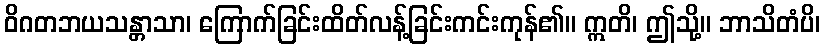
ဝိဂတဘယသန္တာသာ၊ ကြောက်ခြင်းထိတ်လန့်ခြင်းကင်းကုန်၏။ ဣတိ၊ ဤသို့။ ဘာသိတံပိ၊